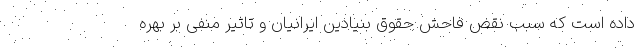
داده است که سبب نقض فاحش حقوق بنیادین ایرانیان و تاثیر منفی بر بهره